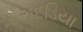
રાદડિયા